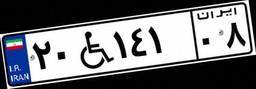
۲۰W۱۴۱۰۸